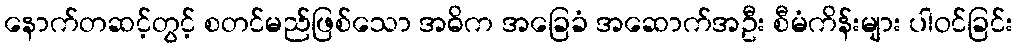
နောက်တဆင့်တွင့် စတင်မည်ဖြစ်သော အဓိက အခြေခံ အဆောက်အဦး စီမံကိန်းများ ပါဝင်ခြင်း